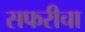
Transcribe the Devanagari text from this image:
सफरीचा